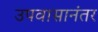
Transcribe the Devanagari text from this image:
उपवासानंतर